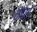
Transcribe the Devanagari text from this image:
चौपड़े